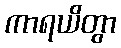
ကာရယိတွာ